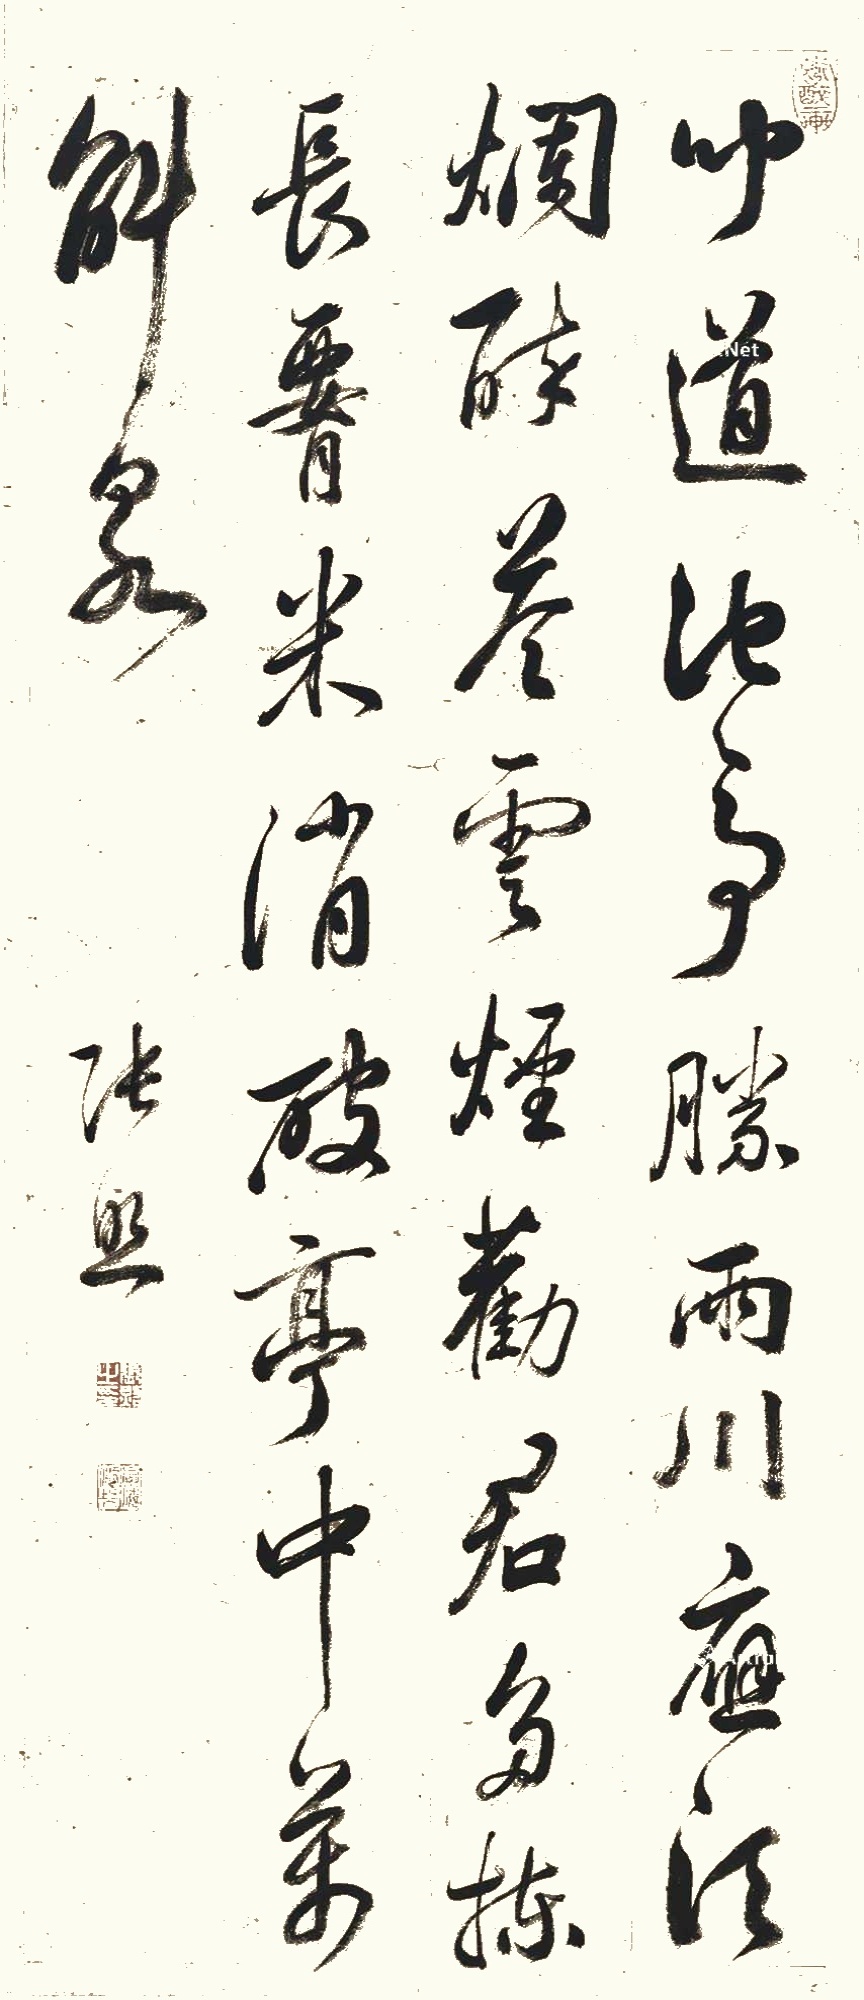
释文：闻道池亭胜两川，应须烂醉答云烟。劝君多拣长腰米，消破亭中万斛泉。张照。